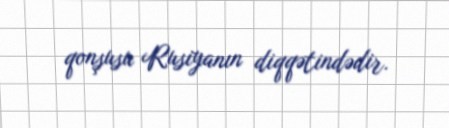
qonşusu Rusiyanın diqqətindədir.